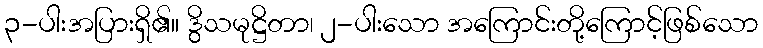
၃-ပါးအပြားရှိ၏။ ဒွိသမုဋ္ဌိတာ၊ ၂-ပါးသော အကြောင်းတို့ကြောင့်ဖြစ်သော